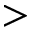
>